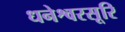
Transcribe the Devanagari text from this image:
धनेश्वरसूरि